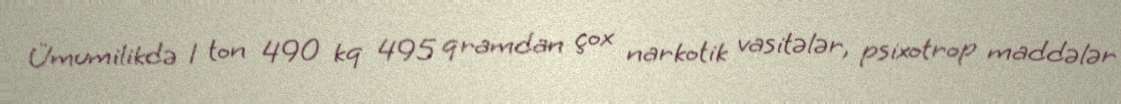
Ümumilikdə 1 ton 490 kq 495 qramdan çox narkotik vasitələr, psixotrop maddələr